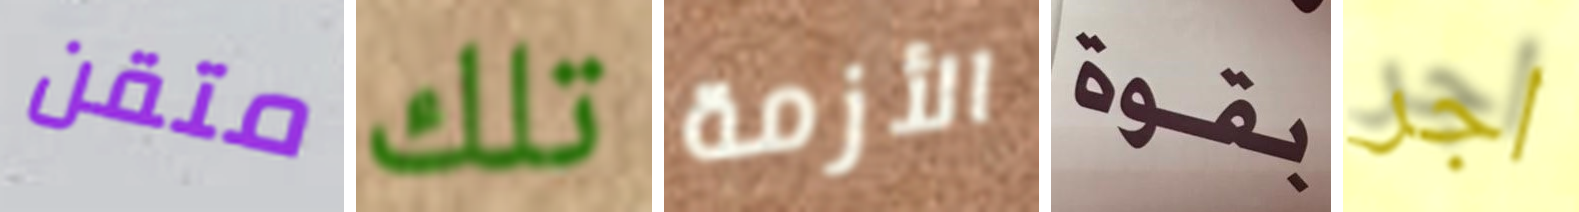
متقن تلك الأزمة بقوة اجر